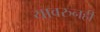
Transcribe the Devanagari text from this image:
यावरुनही